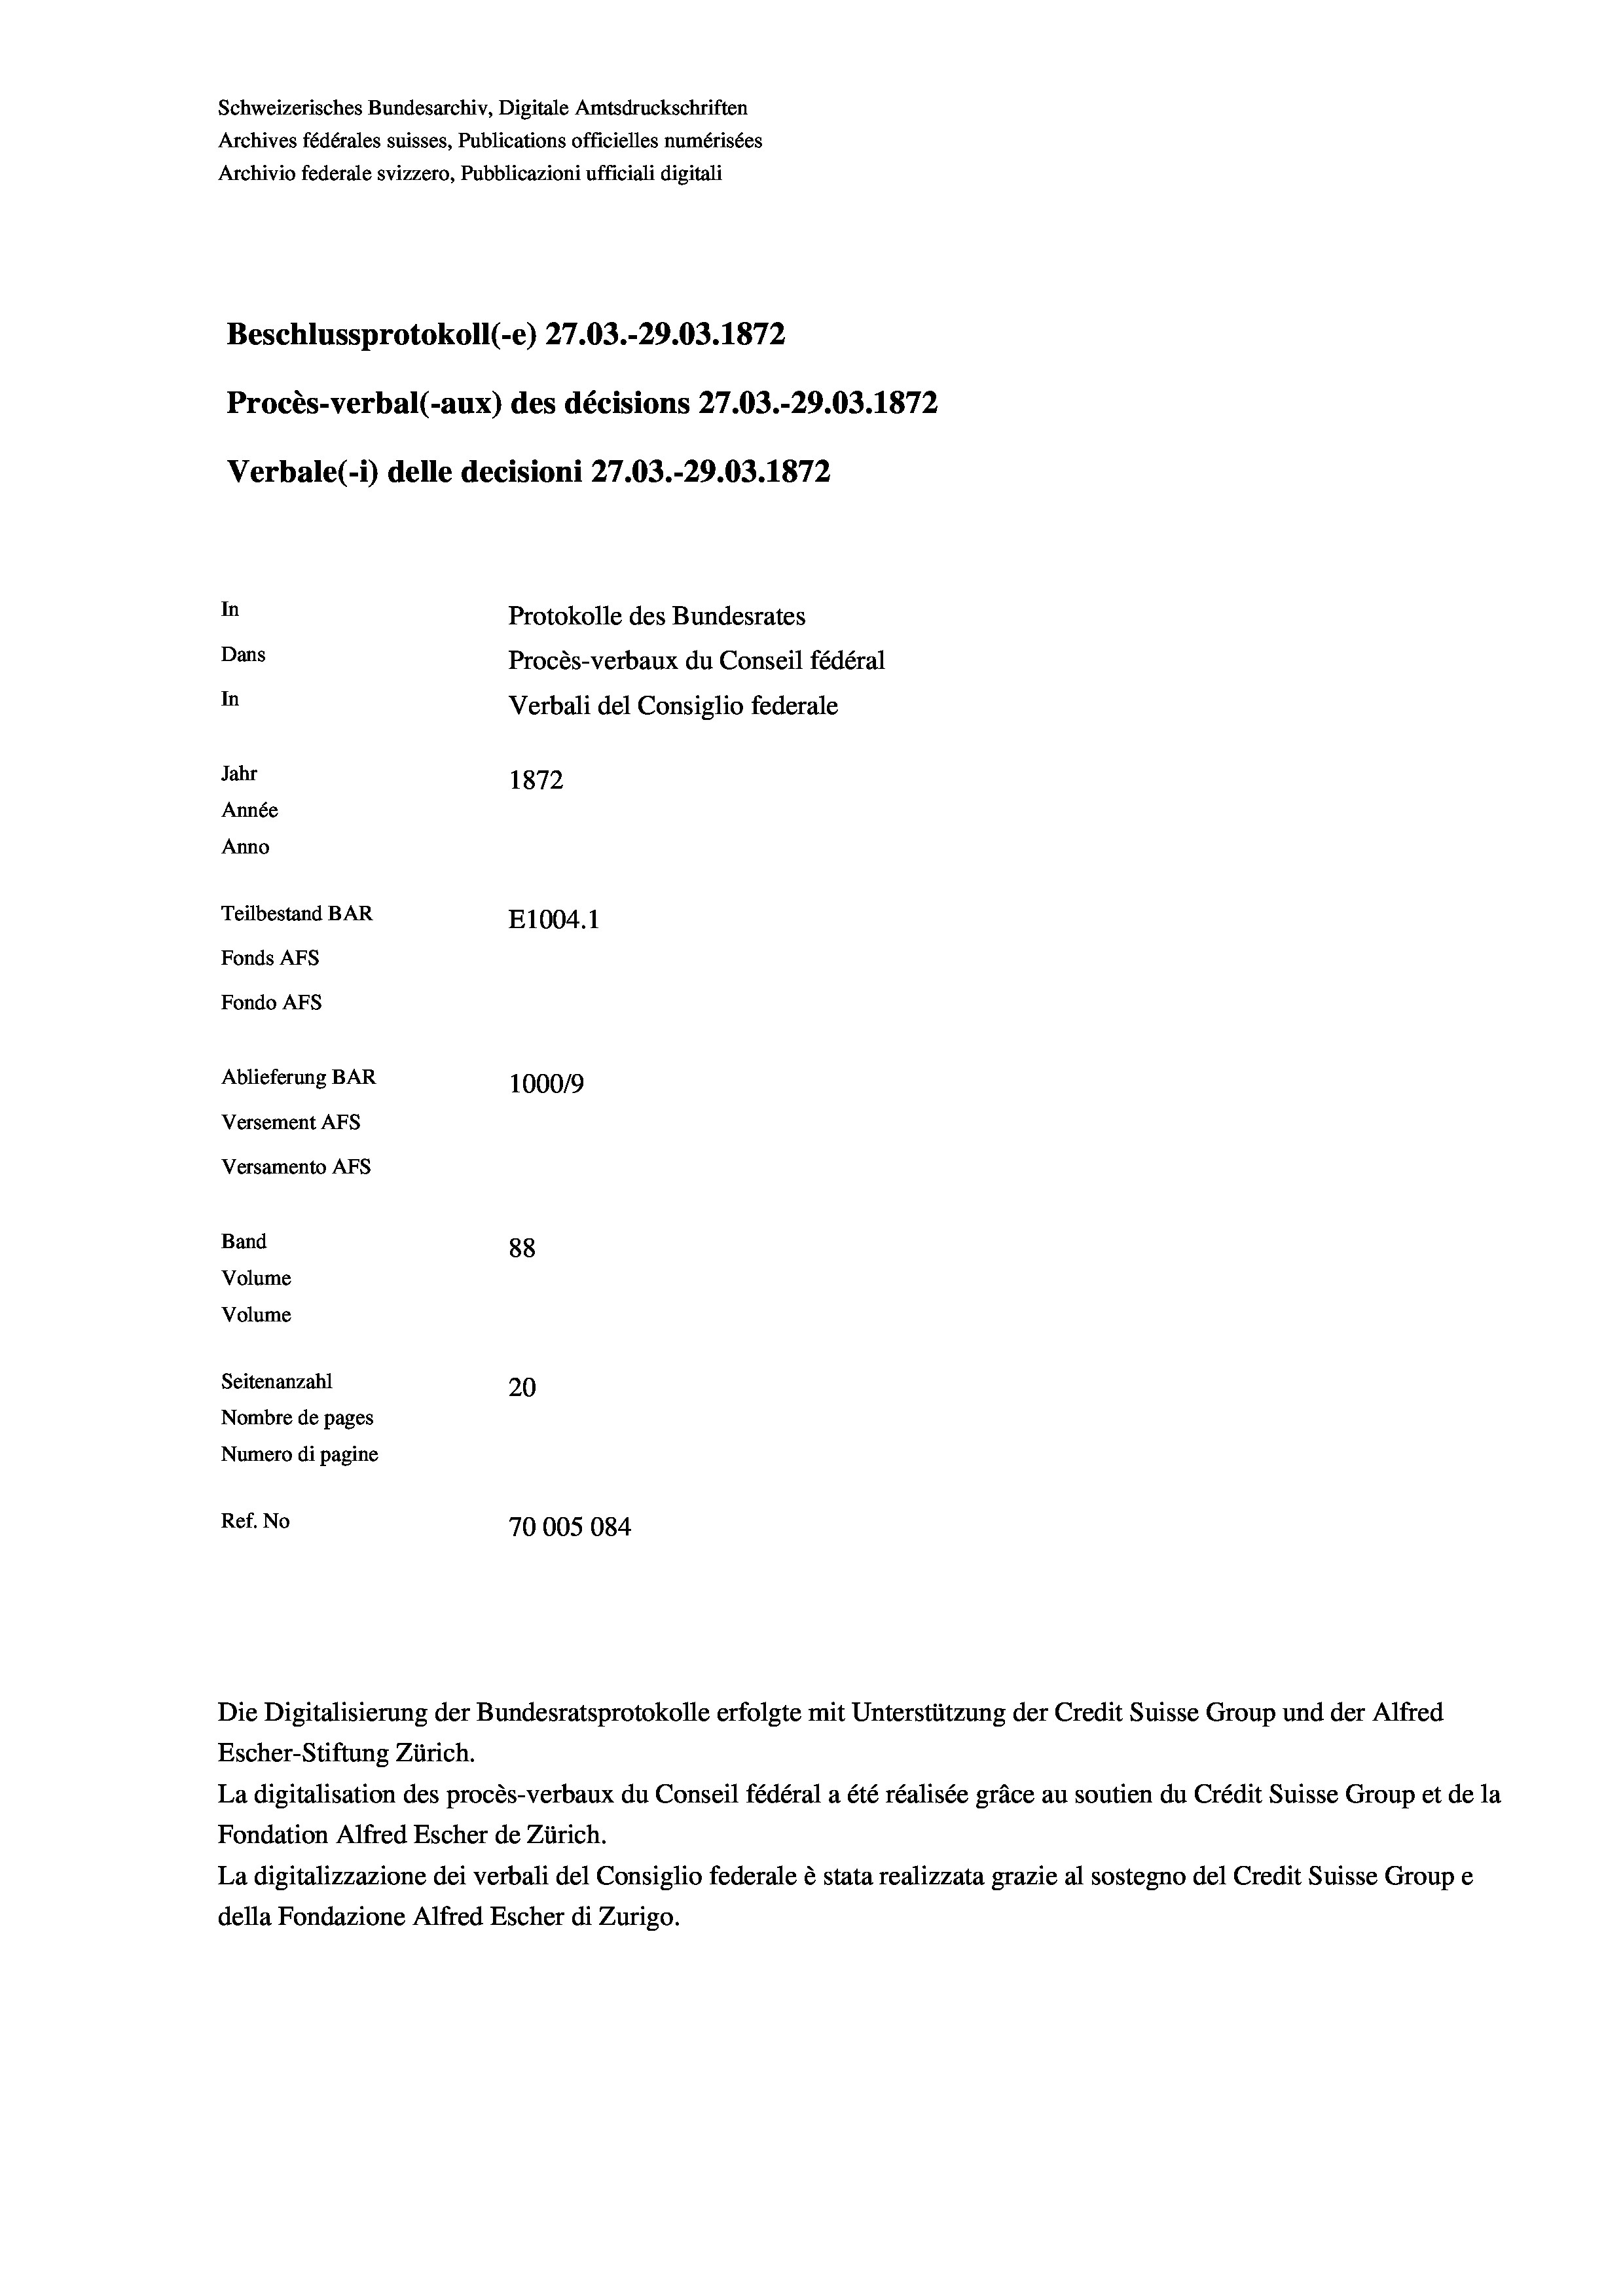
Schweizerisches Bundesarchiv, Digitale Amtsdruckschriften
Archives fédérales suisses, Publications officielles numérisées
Archivio federale svizzero, Pubblicazioni ufficiali digitali
Beschlussprotokoll (-e) 27.03.-29.03. 1872
Procès-verbal (-aux) des décisions 27.03.-29.03. 1872
Verbale(*) delle decisioni 27.03.-29.03. 1872
In
Protokolle des Bundesrates
Dans
Procès-verbaux du Conseil fédéral
In
Verbali del Consiglio federale
Jahr
1872
Année
Anno
Teilbestand BAR
E1004. 1
Fonds AFs
Fondo AFS
Ablieferung BAR
1000/9
Versement AFs
Versamento AFs
Band
88
Volume
Volume
Seitenanzahl
20
Nombre de pages
Numero di pagine
Ref. No
70005084

Die Digitalisierung der Bundesratsprotokolle erfolgte mit Unterstützung der Credit Suisse Group und der Alfred
Escher-Stiftung Zürich.
La digitalisation des procès-verbaux du Conseil fédéral a été réalisée gräce au soutien du Crédit Suisse Group et de la
Fondation Alfred Escher de Zürich.
La digitalizzazione dei verbali del Consiglio federale è stata realizzata grazie al sostegno del Credit Suisse Groupe
della Fondazione Alfred Escher di Zurigo.